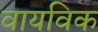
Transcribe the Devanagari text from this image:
वायविक